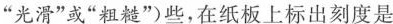
”光滑”或”粗糙”)些，在纸板上标出刻度是